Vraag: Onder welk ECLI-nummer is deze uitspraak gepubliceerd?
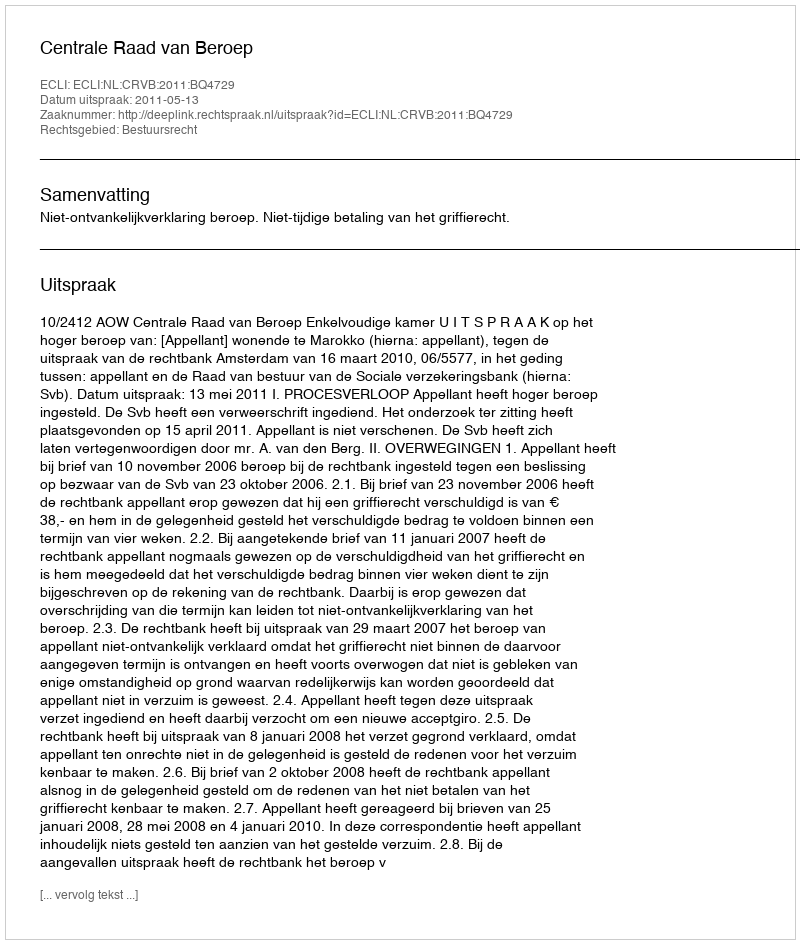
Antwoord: ECLI:NL:CRVB:2011:BQ4729